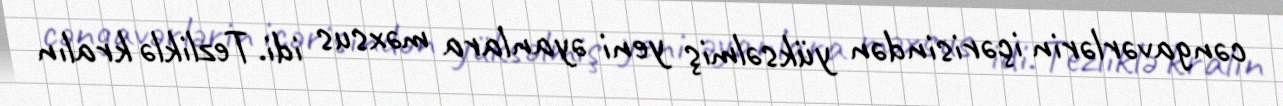
cəngavərlərin içərisindən yüksəlmiş yeni əyanlara məxsus idi. Tezliklə kralın